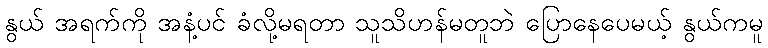
နွယ် အရက်ကို အနံ့ပင် ခံလို့မရတာ သူသိဟန်မတူဘဲ ပြောနေပေမယ့် နွယ်ကမူ